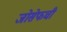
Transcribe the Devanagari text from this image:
जोसेफची